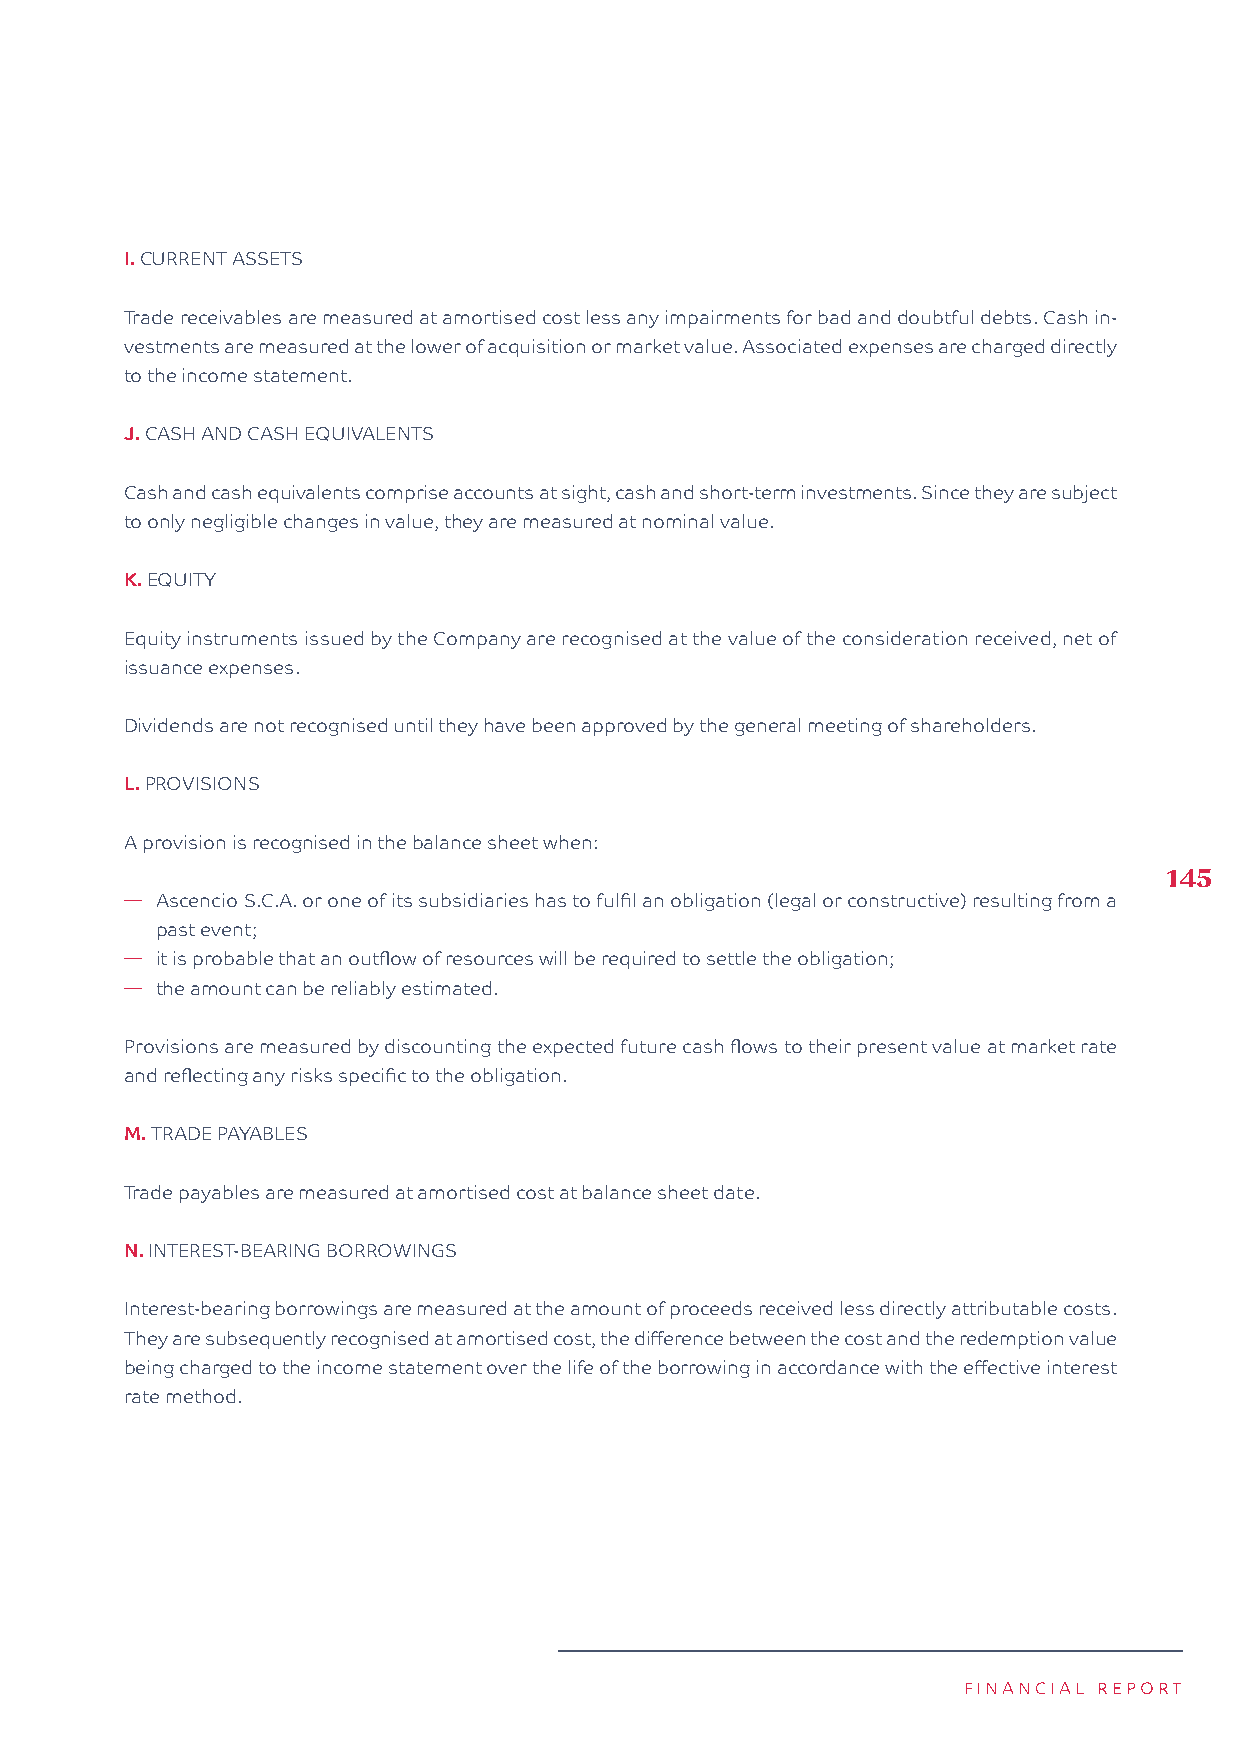
I. CURRENT ASSETS
 Trade receivables are measured at amortised cost less any impairments for bad and doubtful debts. Cash in-
 vestments are measured at the lower of acquisition or market value. Associated expenses are charged directly
 to the income statement.
 J. CASH AND CASH EQUIVALENTS
 Cash and cash equivalents comprise accounts at sight, cash and short-term investments. Since they are subject
 to only negligible changes in value, they are measured at nominal value.
 K. EQUITY
 Equity instruments issued by the Company are recognised at the value of the consideration received, net of
 issuance expenses.
 Dividends are not recognised until they have been approved by the general meeting of shareholders.
 L. PROVISIONS
 A provision is recognised in the balance sheet when:
 145
 � Ascencio S.C.A. or one of its subsidiaries has to fulfil an obligation (legal or constructive) resulting from a
 past event;
 � it is probable that an outflow of resources will be required to settle the obligation;
 � the amount can be reliably estimated.
 Provisions are measured by discounting the expected future cash flows to their present value at market rate
 and reflecting any risks specific to the obligation.
 M. TRADE PAYABLES
 Trade payables are measured at amortised cost at balance sheet date.
 N. INTEREST-BEARING BORROWINGS
 Interest-bearing borrowings are measured at the amount of proceeds received less directly attributable costs.
 They are subsequently recognised at amortised cost, the difference between the cost and the redemption value
 being charged to the income statement over the life of the borrowing in accordance with the effective interest
 rate method.
 FINANCIAL REPORT